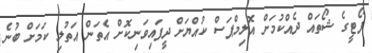
ފޯޓީގެ ޝޯތައް ދެއްކުމަށް އޮލިމްޕަސް ކުއްޔަށް ދީފައިވަނިކޮށް އެތަން އަތުލި ކަމަށް ބުނެ